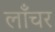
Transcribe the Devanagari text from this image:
लाँचर